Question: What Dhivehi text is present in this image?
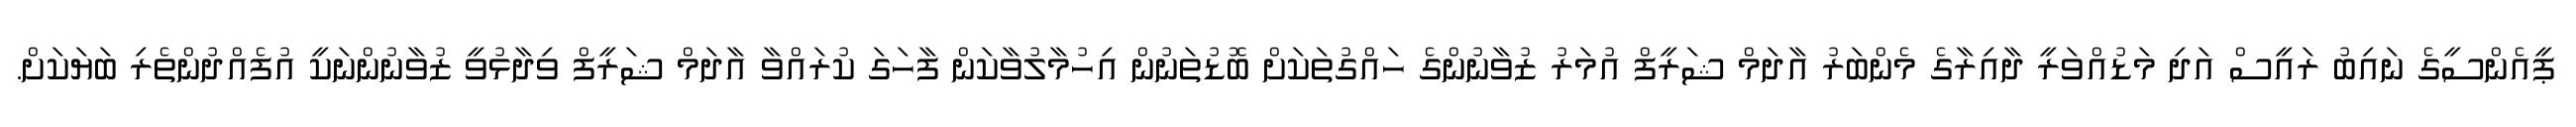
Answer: ޕީއެންސީގެ ނައިބު ރައީސް އަދި މަޑުއްވަރީ ދާއިރާގެ މެންބަރު އާދަމް ޝަރީފް އުމަރު ޒުވާނުންގެ ހައްގުތަކަށް ބޮޑުތަނުން އިހުމާލުވާކަން ފާހަގަ ކުރައްވާ އާދަމް ޝަރީފް ވިދާޅުވީ ޒުވާނުންނަކީ އުފެއްދުންތެރި ބަޔަކަށް.